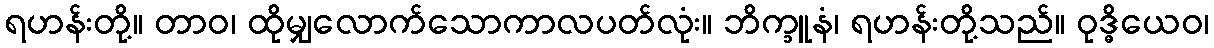
ရဟန်းတို့။ တာဝ၊ ထိုမျှလောက်သောကာလပတ်လုံး။ ဘိက္ခူနံ၊ ရဟန်းတို့သည်။ ဝုဒ္ဓိယေဝ၊